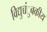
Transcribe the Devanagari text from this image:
विद्युच्चंुबकीय